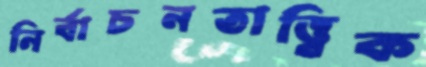
নির্বাচনতাত্ত্বিক